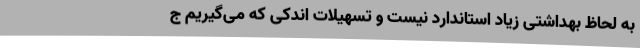
به لحاظ بهداشتی زیاد استاندارد نیست و تسهیلات اندکی که می‌گیریم ج